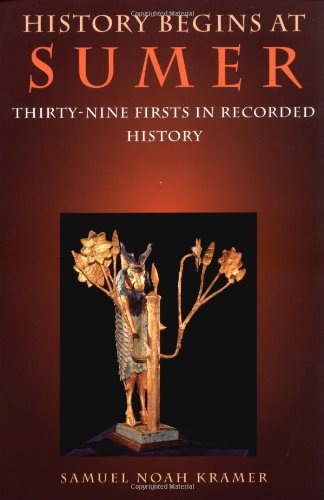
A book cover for History Begins at Sumer: Thirty-Nine Firsts in Recorded History; Samuel Noah Kramer; History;